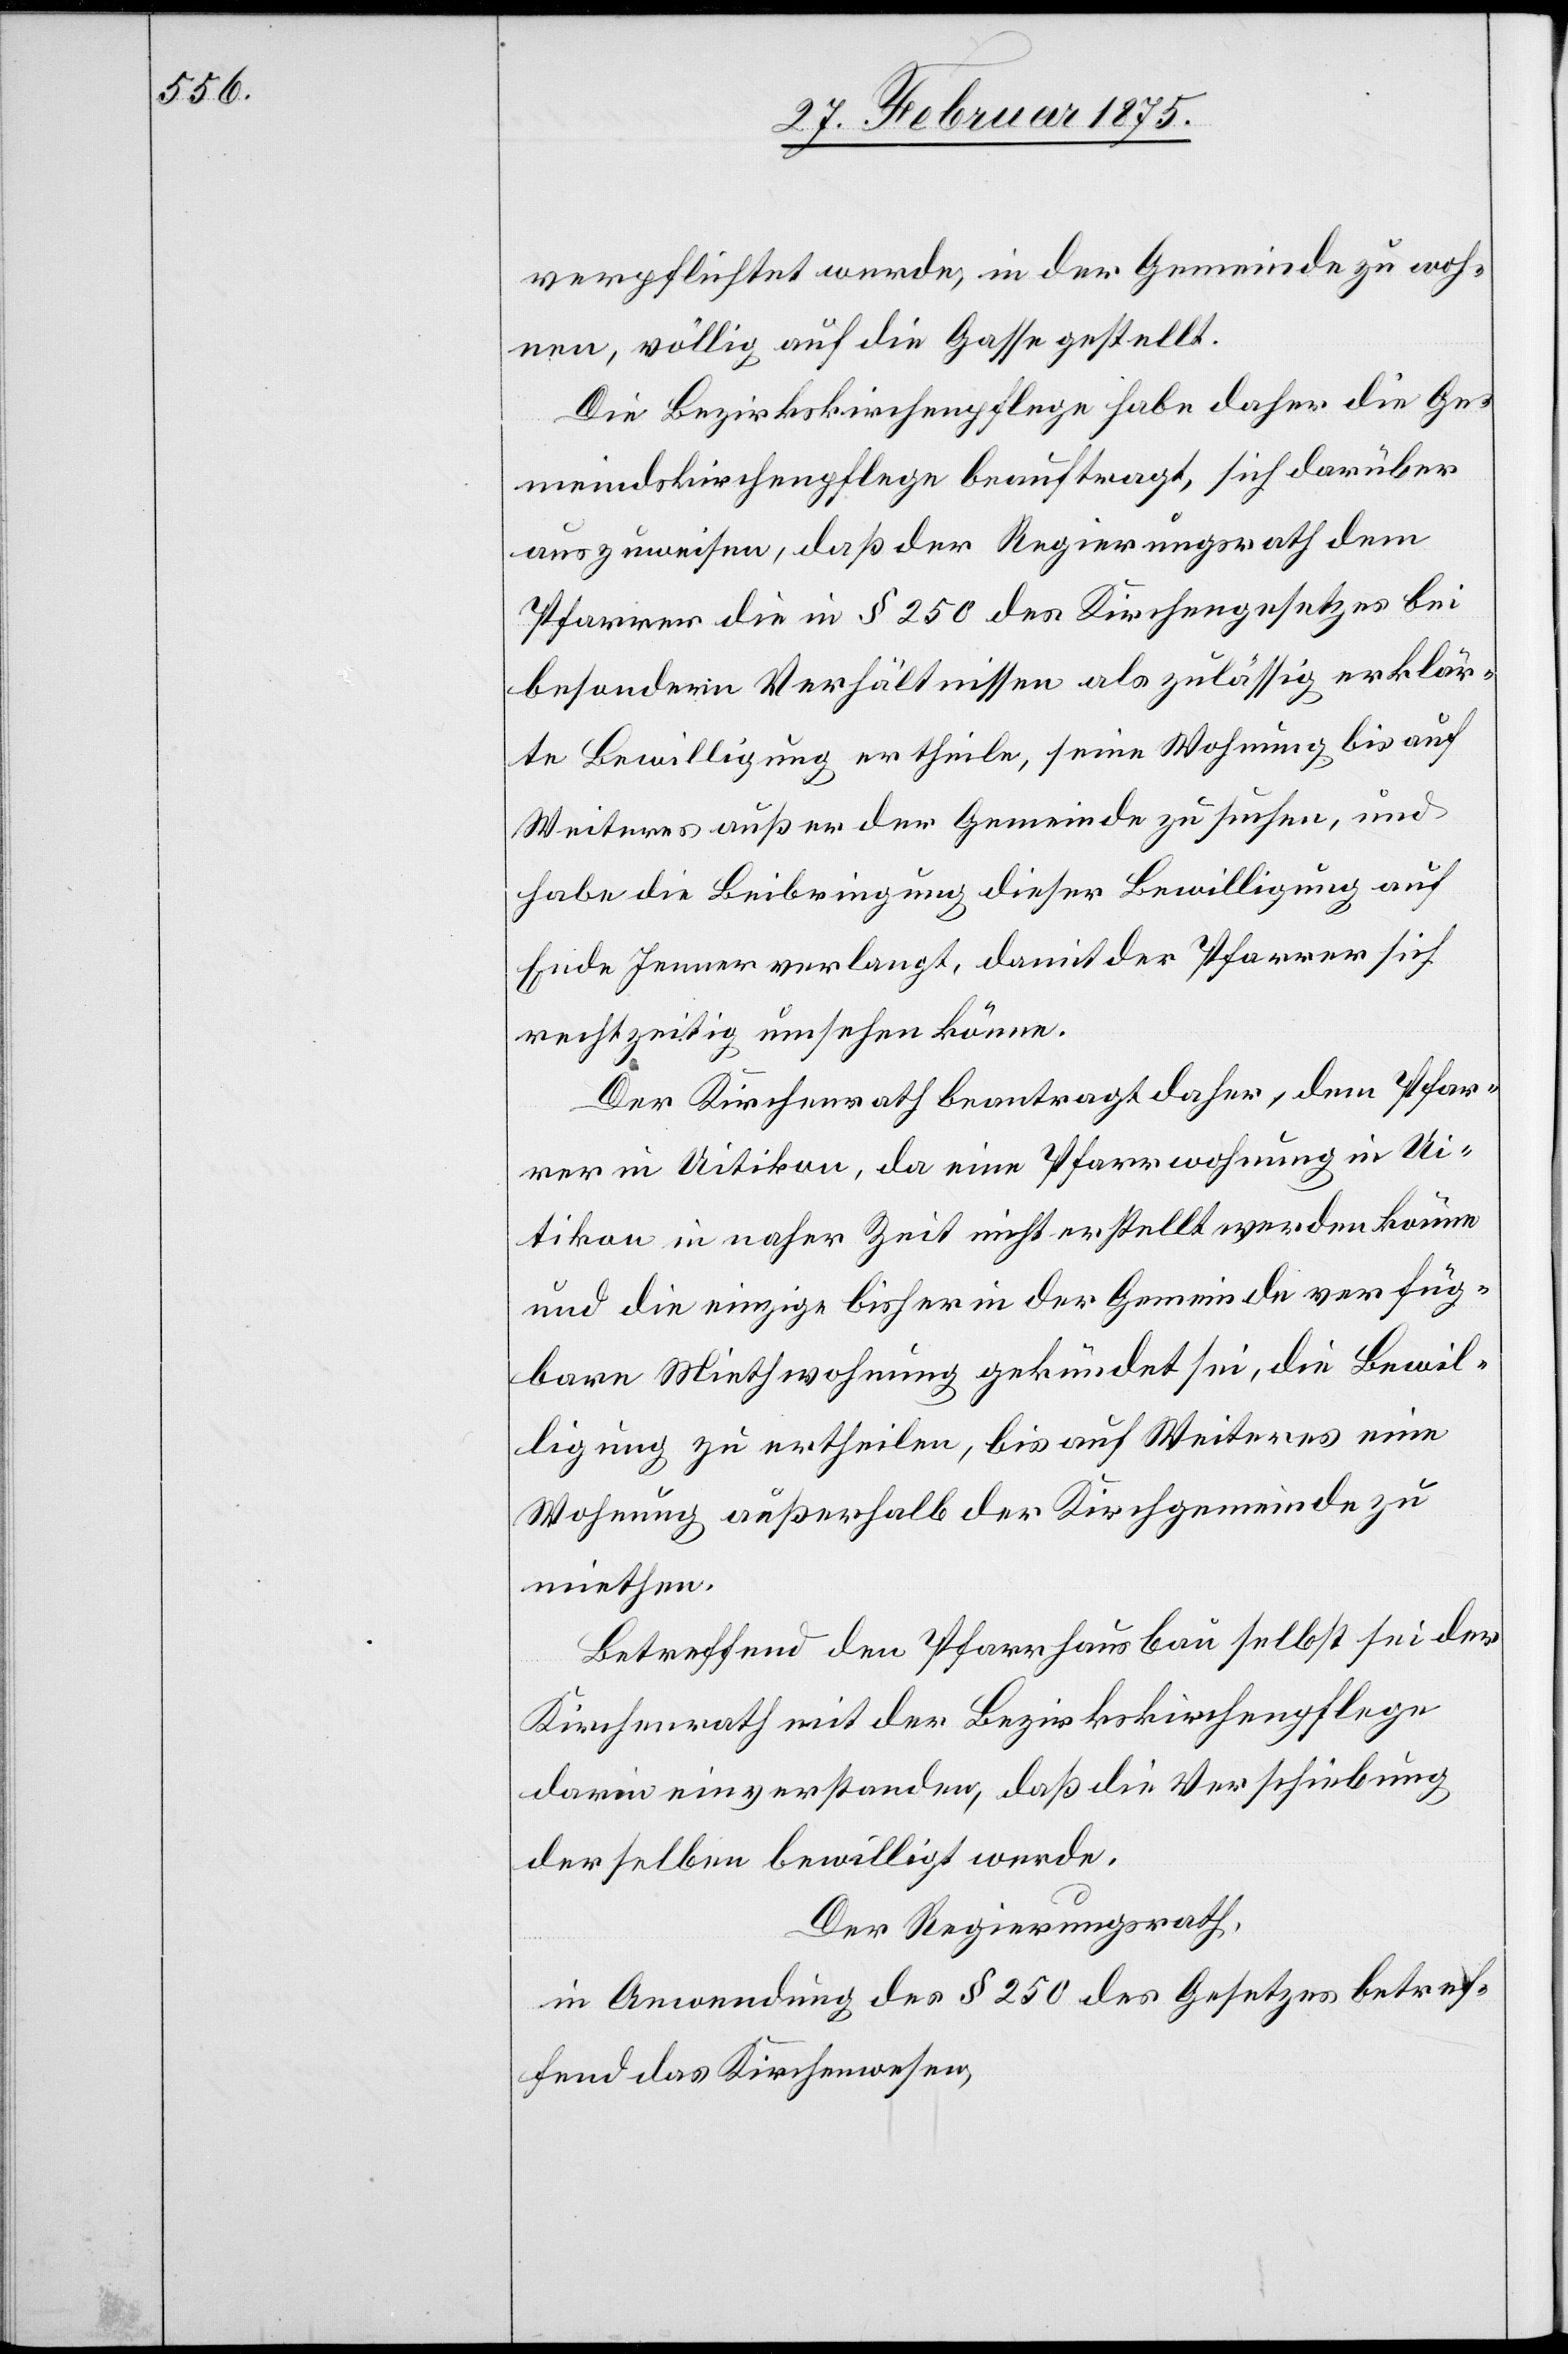
verpflichtet werde, in der Gemeinde zu woh¬
nen, völlig auf die Gasse gestellt.
Die Bezirkskirchenpflege habe daher die Ge¬
meindskirchenpflege beauftragt, sich darüber
auszuweisen, daß der Regierungsrath dem
Pfarrer die in § 250 des Kirchengesetzes bei
besondern Verhältnissen als zulässig erklär¬
te Bewilligung ertheile, seine Wohnung bis auf
Weiteres außer der Gemeinde zu suchen, und
habe die Beibringung dieser Bewilligung auf
Ende Jenner verlangt, damit der Pfarrer sich
rechtzeitig umsehen könne.
Der Kirchenrath beantragt daher, dem Pfar¬
rer in Uitikon, da eine Pfarrwohnung in Ui¬
tikon in naher Zeit nicht erstellt werden könne
und die einzige bisher in der Gemeinde verfüg¬
bare Miethwohnung gekündet sei, die Bewil¬
ligung zu ertheilen, bis auf Weiteres eine
Wohnung außerhalb der Kirchgemeinde zu
miethen.
Betreffend den Pfarrhausbau selbst sei der
Kirchenrath mit der Bezirkskirchenpflege
darin einverstanden, daß die Verschiebung
derselben bewilligt werde.
Der Regierungsrath,
in Anwendung des § 250 des Gesetzes betref¬
fend das Kirchenwesen,